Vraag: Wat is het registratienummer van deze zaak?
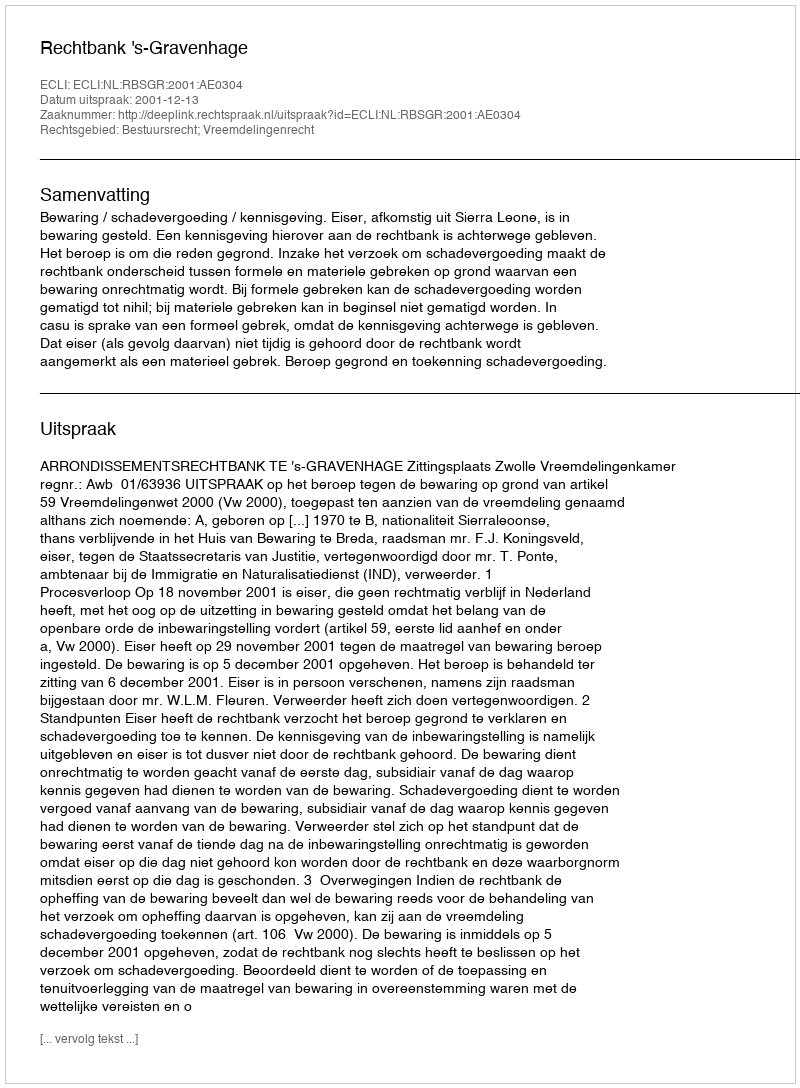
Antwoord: http://deeplink.rechtspraak.nl/uitspraak?id=ECLI:NL:RBSGR:2001:AE0304